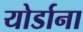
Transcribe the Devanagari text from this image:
योर्डाना